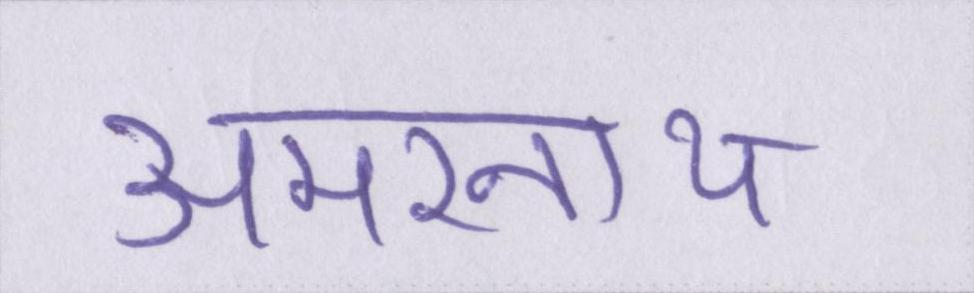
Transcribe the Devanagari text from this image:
अमरनाथ